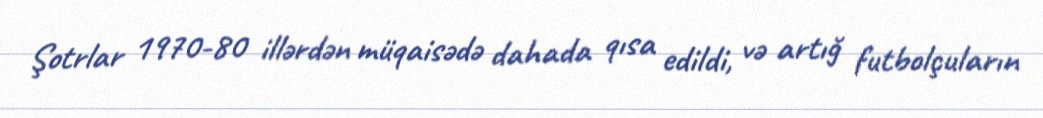
Şotrlar 1970-80 illərdən müqaisədə dahada qısa edildi, və artığ futbolçuların